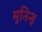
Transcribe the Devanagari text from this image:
मुनिन्ह